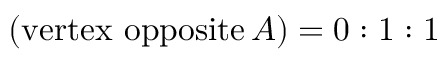
\ \left( { \mathrm { v e r t e x ~ o p p o s i t e } } \, A \right) = 0 : 1 : 1